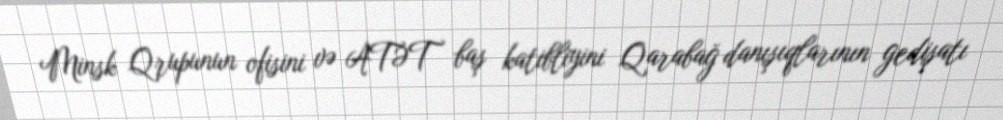
Minsk Qrupunun ofisini və ATƏT baş katibliyini Qarabağ danışıqlarının gedişatı